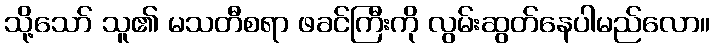
သို့သော် သူ၏ မသတီစရာ ဖခင်ကြီးကို လွမ်းဆွတ်နေပါမည်လော။